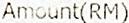
AMOUNT(RM)